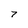
Character: 7